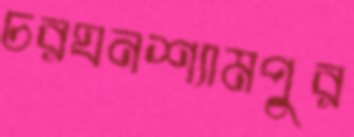
চরঘনশ্যামপুর